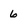
Character: 6